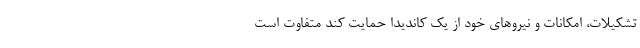
تشکیلات، امکانات و نیرو‌های خود از یک کاندیدا حمایت کند متفاوت است